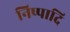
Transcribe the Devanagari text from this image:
निष्पादि